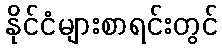
နိုင်ငံများစာရင်းတွင်